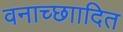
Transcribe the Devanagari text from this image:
वनाच्छाादित